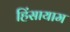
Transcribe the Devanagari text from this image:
हिंसायाम